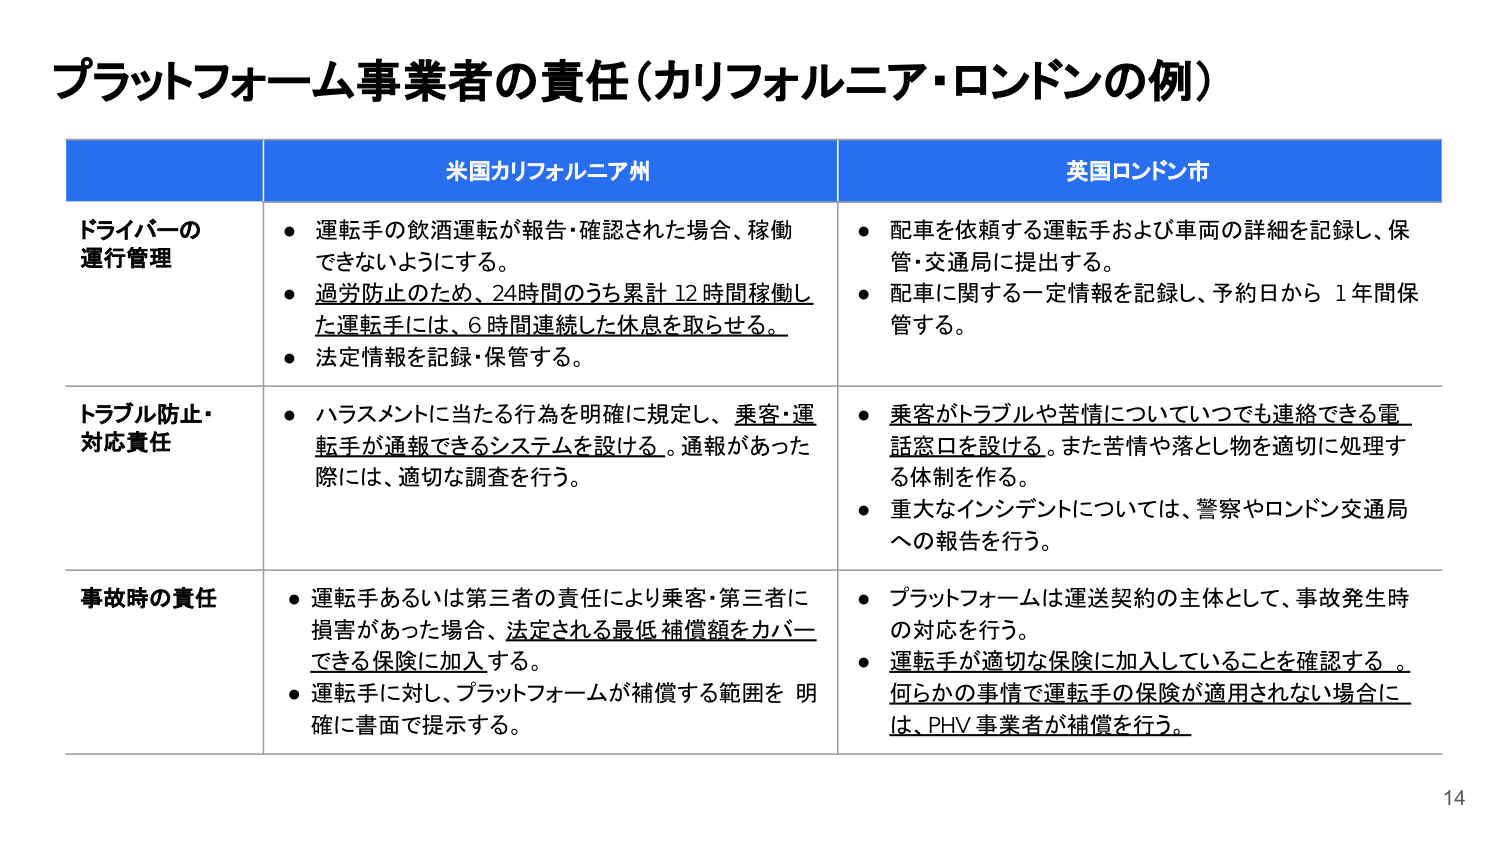
プラットフォーム事業者の責任（カリフォルニア・ロンドンの例）

米国カリフォルニア州
英国ロンドン市

ドライバーの
運行管理
・運転手の飲酒運転が報告・確認された場合、稼働
できないようにする。
・過労防止のため、24時間のうち累計12時間稼働し
た運転手には、6時間連続した休息を取らせる。
・法定情報を記録・保管する。

・配車を依頼する運転手および車両の詳細を記録し、保
管・交通局に提出する。
・配車に関する一定情報を記録し、予約日から1年間保
管する。

トラブル防止・
対応責任
・ハラスメントに当たる行為を明確に規定し、乗客・運
転手が通報できるシステムを設ける。通報があった
際には、適切な調査を行う。

・乗客がトラブルや苦情についていつでも連絡できる電
話窓口を設ける。また苦情や落とし物を適切に処理す
る体制を作る。
・重大なインシデントについては、警察やロンドン交通局
への報告を行う。

事故時の責任
・運転手あるいは第三者の責任により乗客・第三者に
損害があった場合、法定される最低補償額をカバー
できる保険に加入する。
・運転手に対し、プラットフォームが補償する範囲を明
確に書面で提示する。

・プラットフォームは運送契約の主体として、事故発生時
の対応を行う。
・運転手が適切な保険に加入していることを確認する。
何らかの事情で運転手の保険が適用されない場合に
は、PHV事業者が補償を行う。

14